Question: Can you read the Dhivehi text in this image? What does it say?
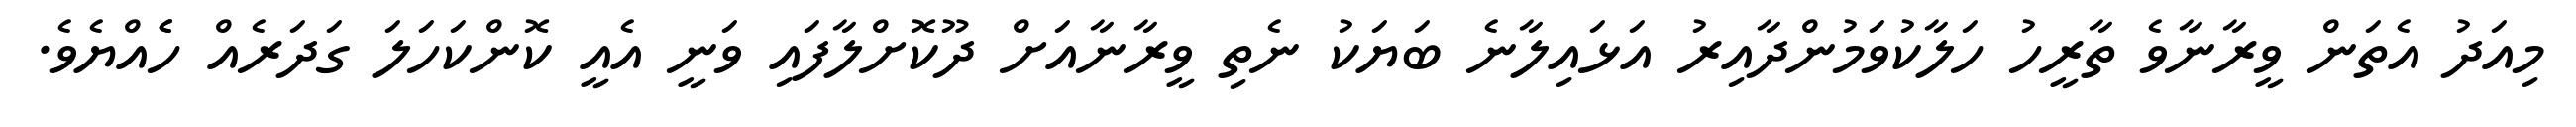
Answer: މިއަދު އެތަން ވީރާނާވެ ތާރީހު ހަލާކުވަމުންދާއިރު އަޅައިލާނެ ބަޔަކު ނެތި ވީރާނާއަށް ދޫކޮށްލާފައި ވަނީ އެއީ ކޮންކަހަލަ ގަދަރެއް ހެެއްޔެވެ.